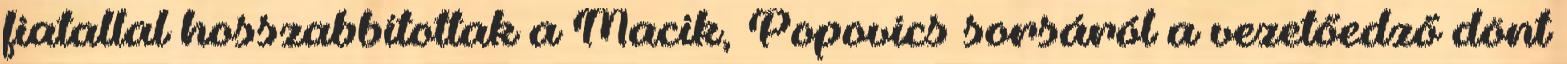
fiatallal hosszabbítottak a Macik, Popovics sorsáról a vezetőedző dönt